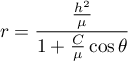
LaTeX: r = { \frac { \frac { h ^ { 2 } } { \mu } } { 1 + { \frac { C } { \mu } } \cos \theta } }